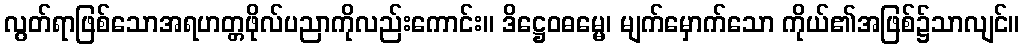
လွတ်ရာဖြစ်သောအရဟတ္တဖိုလ်ပညာကိုလည်းကောင်း။ ဒိဋ္ဌေဝဓမ္မေ၊ မျက်မှောက်သော ကိုယ်၏အဖြစ်၌သာလျင်။